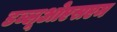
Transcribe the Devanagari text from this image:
डब्लूओएसएम